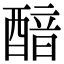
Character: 䤃